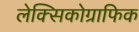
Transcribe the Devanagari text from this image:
लेक्सिकोग्राफिक